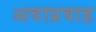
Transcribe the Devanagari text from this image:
अवाप्रवाह